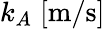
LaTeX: k_{A}\; [\mathrm{m}/\mathrm{s}]